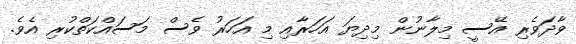
ވާދަވެރި އޭސީ މިލާނުން މިދިޔަ އަހަރާއި މި އަހަރު ވެސް މަސައްކަތްކުރި އެވެ.